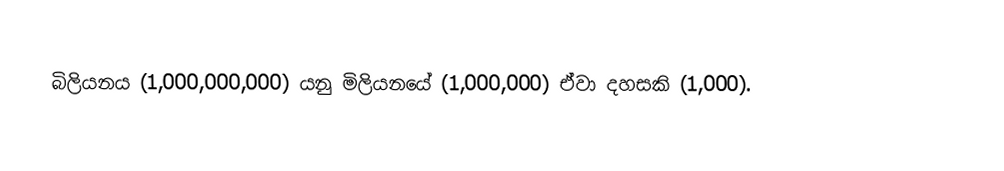
බිලියනය (1,000,000,000) යනු මිලියනයේ (1,000,000) ඒවා දහසකි (1,000).